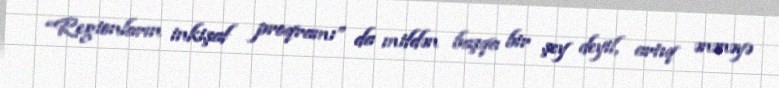
“Regionların inkişaf proqramı” da mifdən başqa bir şey deyil, artıq ənənəyə